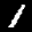
Label: 1